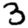
Digit: 3